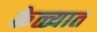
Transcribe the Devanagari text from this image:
केळ्यात